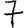
Digit: 7